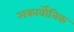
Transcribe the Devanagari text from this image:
अकार्बोनिक